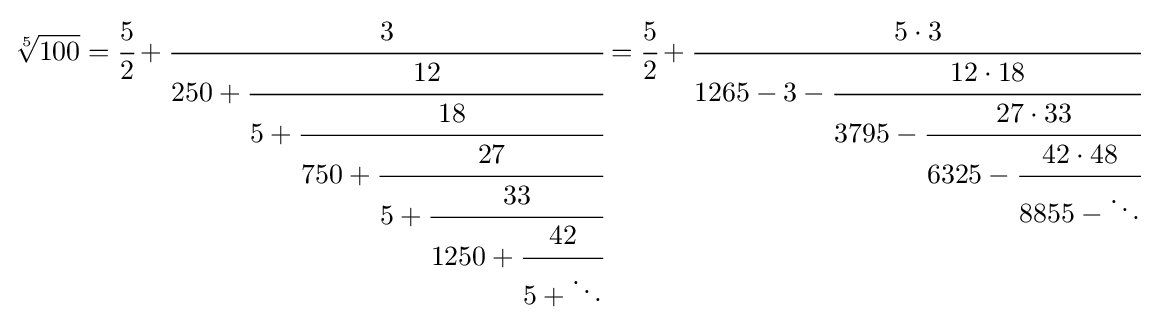
{\sqrt[{5}]{100}}={\cfrac {5}{2}}+{\cfrac {3}{250+{\cfrac {12}{5+{\cfrac {18}{750+{\cfrac {27}{5+{\cfrac {33}{1250+{\cfrac {42}{5+\ddots }}}}}}}}}}}}={\cfrac {5}{2}}+{\cfrac {5\cdot 3}{1265-3-{\cfrac {12\cdot 18}{3795-{\cfrac {27\cdot 33}{6325-{\cfrac {42\cdot 48}{8855-\ddots }}}}}}}}